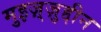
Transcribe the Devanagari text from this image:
मुइज़्ज़ुद्दीन